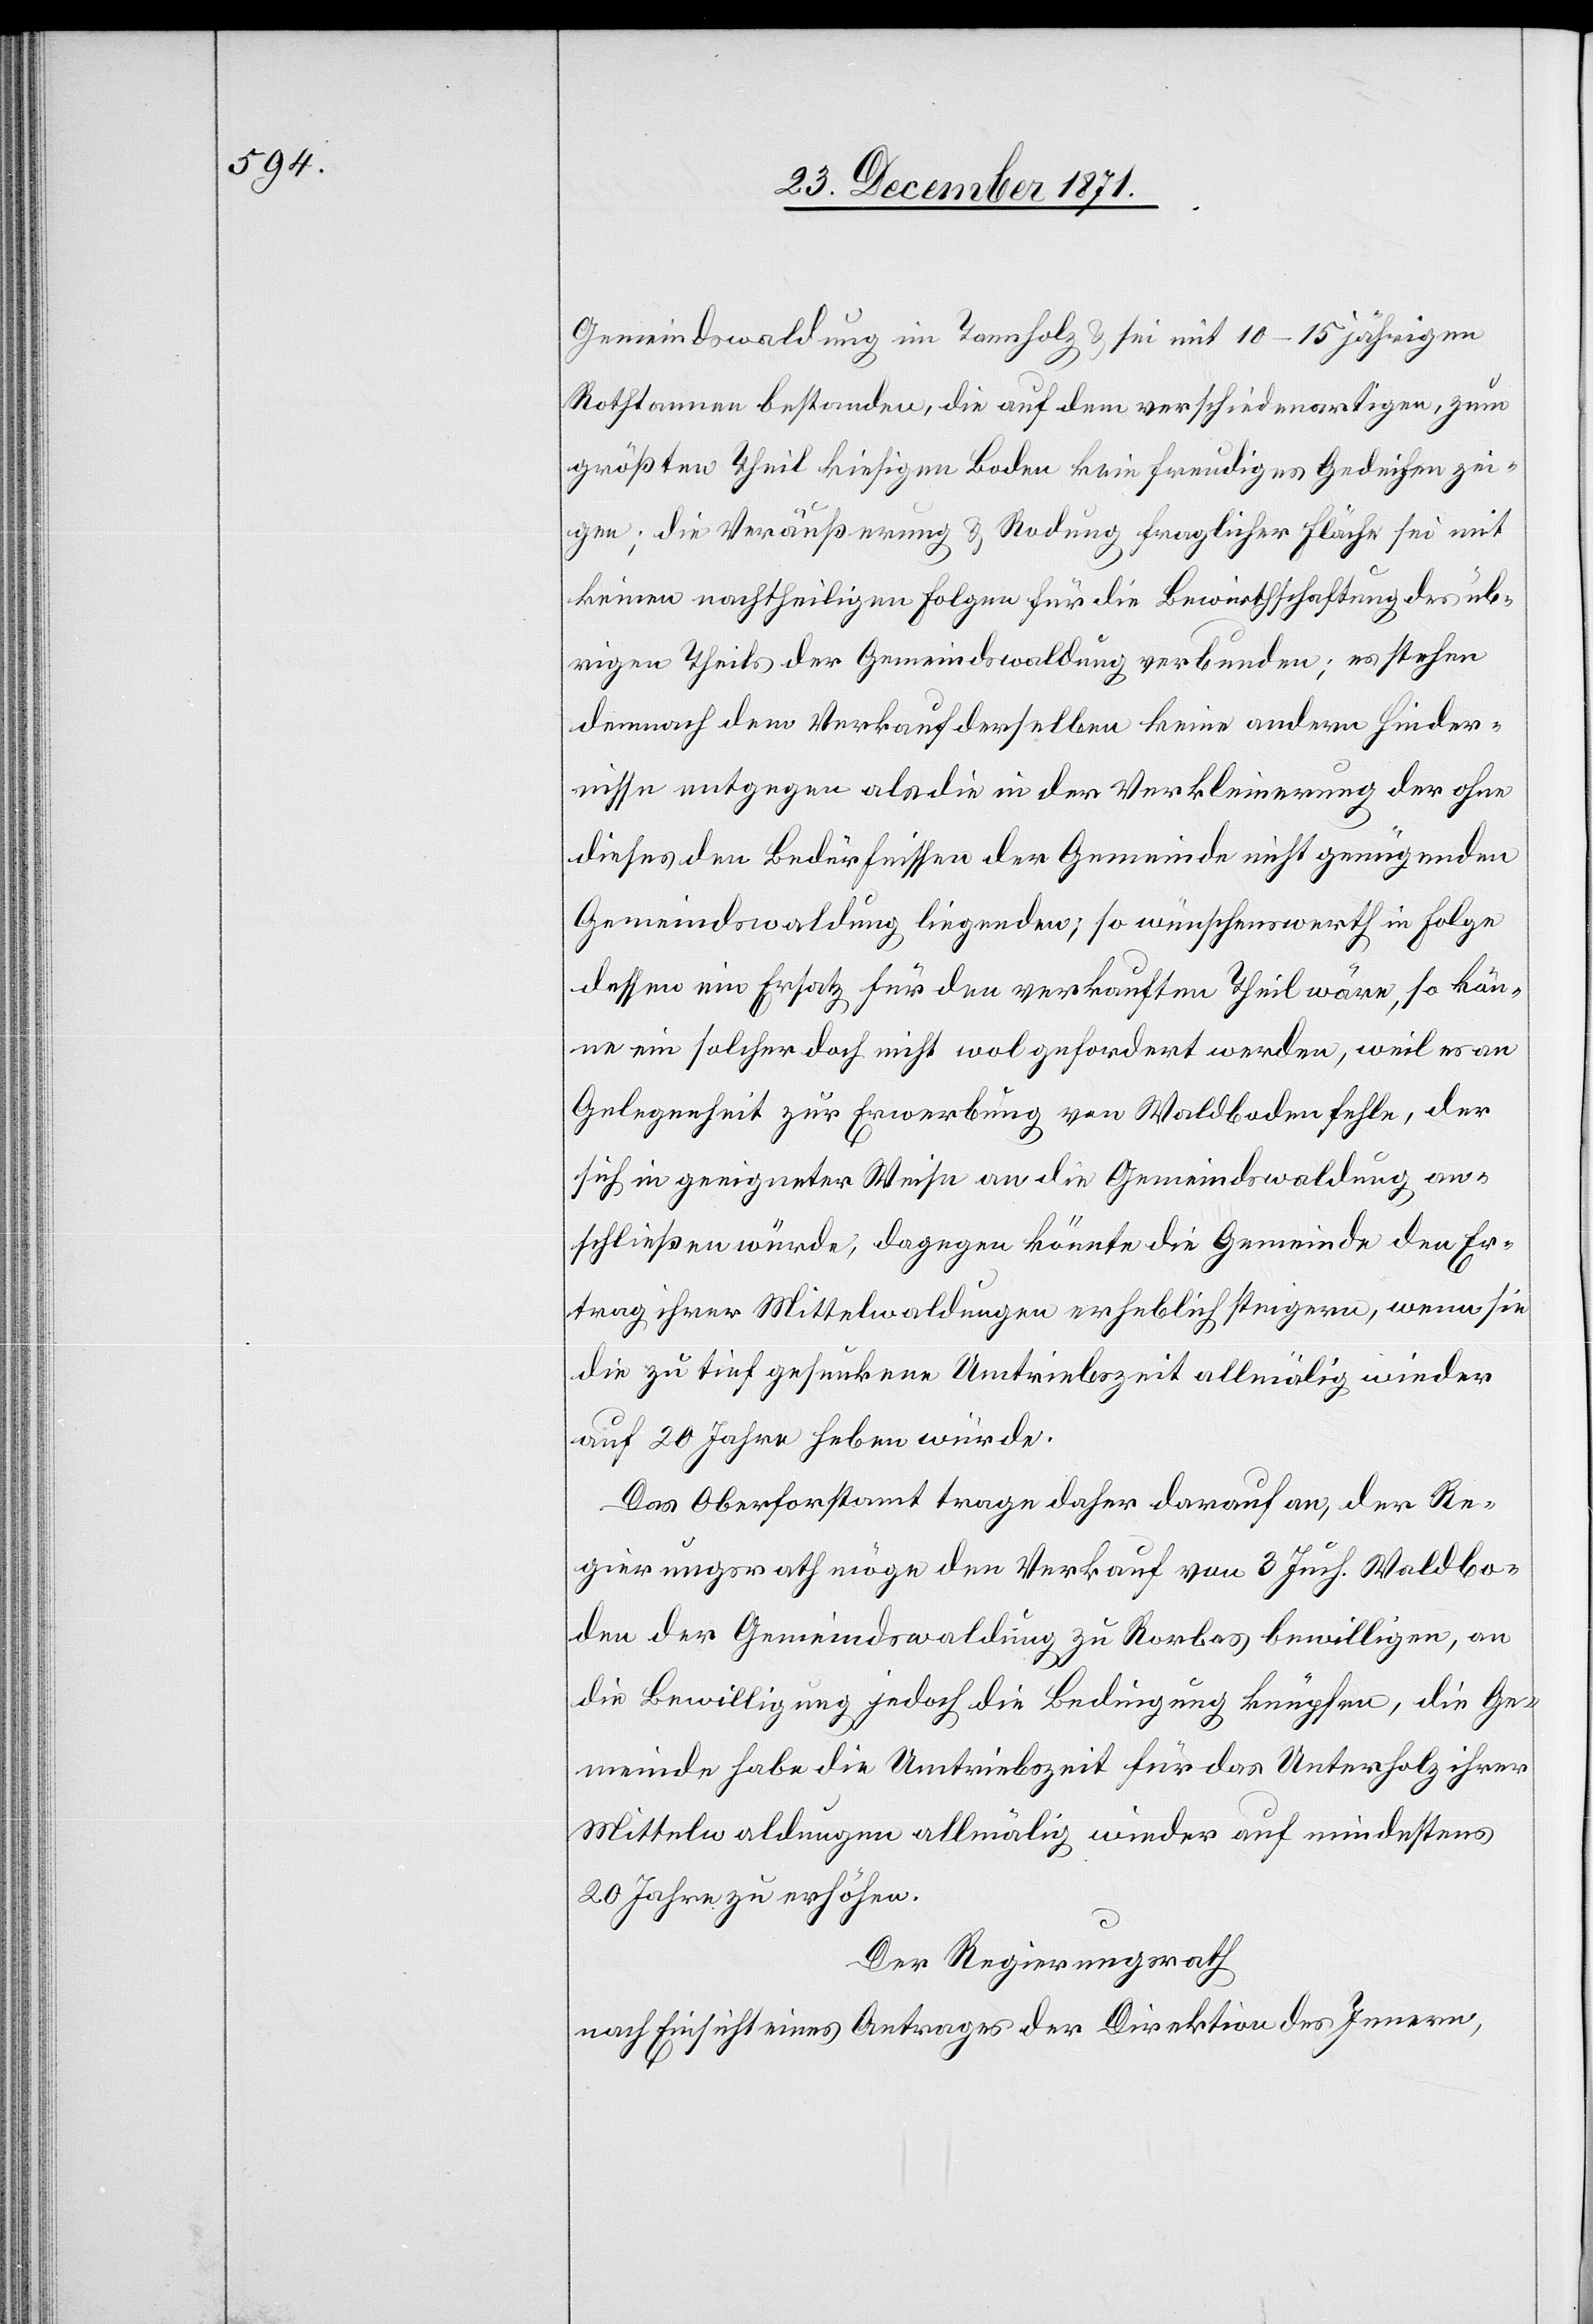
Gemeindswaldung im Tannholz & sei mit 10–15 jährigen
Rothtannen bestanden, die auf dem verschiedenartigen, zum
größten Theil hiesigen Boden kein freudiges Gedeihen zei¬
gen; die Veräußerung & Rodung fraglicher Fläche sei mit
keinen nachtheiligen Folgen für die Bewirtschaftung des üb¬
rigen Theils der Gemeindswaldung verbunden; es stehen
demnach dem Verkauf derselben keine anderen Hinder¬
nisse entgegen als die in der Verkleinerung der ohne
dieses den Bedürfnissen der Gemeinde nicht genügenden
Gemeindswaldung liegenden; so wünschenswerth in Folge
dessen ein Ersatz für den verkauften Theil wäre, so kön¬
ne ein solcher doch nicht wol gefordert werden, weil er von
Gelegenheit zur Erwerbung von Waldboden fehle, der
sich in geeigneter Weise an die Gemeindswaldung an¬
schließen würde, dagegen könnte die Gemeinde den Er¬
trag ihrer Mittelwaldungen erheblich steigern, wenn sie
die zu tief gesunkenen Umtriebzeit allmälig wieder
auf 20 Jahre heben würde.
Das Oberforstamt trage daher darauf an, der Re¬
gierungsrath möge den Verkauf von 3 Juch. Waldbo¬
den der Gemeindswaldung zu Rorbas bewilligen, an
die Bewilligung jedoch die Bedingung knüpfen, die Ge¬
meinde habe die Umtriebszeit für das Unterholz ihren
Mittelwaldungen allmälig wieder auf mindestens
20 Jahre zu erhöhen.
Der Regierungsrath
nach Einsicht eines Antrages der Direktion des Innern,